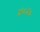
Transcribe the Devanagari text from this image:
४०४०